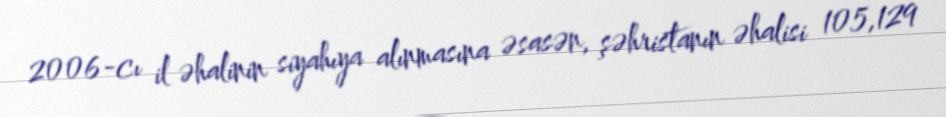
2006-cı il əhalinin siyahıya alınmasına əsasən, şəhristanın əhalisi 105,129